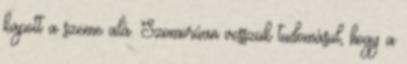
kapott a szeme alá. Szomorúan vesszük tudomásul, hogy a